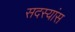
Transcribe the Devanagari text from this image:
सदस्यांस